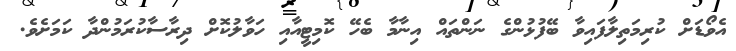
އެވޯޑަށް ކުރިމަތިލާފައިވާ ބޭފުޅުންގެ ނަންތައް އިނާމާ ބެހޭ ކޮމިޓީއާއި ހަވާލުކޮށް ދިރާސާކުރަމުންދާ ކަމަށެވެ.